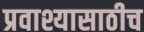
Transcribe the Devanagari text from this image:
प्रवाश्यासाठीच